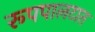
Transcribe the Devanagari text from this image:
रूपपालटात